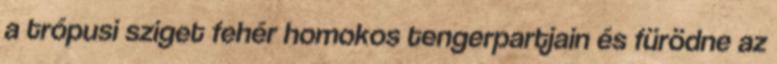
a trópusi sziget fehér homokos tengerpartjain és fürödne az